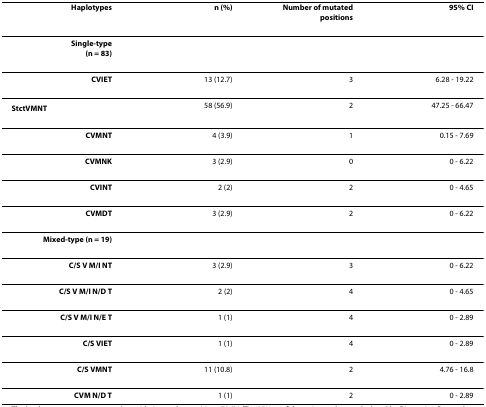
| Haplotypes | n (%) | Number of mutated positions | 95% CI |
 | --- | --- | --- | --- |
 | Single-type(n = 83) |  |  |  |
 | CVIET | 13 (12.7) | 3 | 6.28 - 19.22 |
 | StctVMNT | 58 (56.9) | 2 | 47.25 - 66.47 |
 | CVMNT | 4 (3.9) | 1 | 0.15 - 7.69 |
 | CVMNK | 3 (2.9) | 0 | 0 - 6.22 |
 | CVINT | 2 (2) | 2 | 0 - 4.65 |
 | CVMDT | 3 (2.9) | 2 | 0 - 6.22 |
 | Mixed-type (n = 19) |  |  |  |
 | C/S V M/I NT | 3 (2.9) | 3 | 0 - 6.22 |
 | C/S V M/I N/D T | 2 (2) | 4 | 0 - 4.65 |
 | C/S V M/I N/E T | 1 (1) | 4 | 0 - 2.89 |
 | C/S VIET | 1 (1) | 4 | 0 - 2.89 |
 | C/S VMNT | 11 (10.8) | 2 | 4.76 - 16.8 |
 | CVM N/D T | 1 (1) | 2 | 0 - 2.89 |